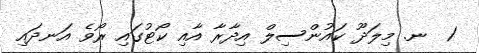
1  ނ. މިލަދޫ ކައުންސިލް އިދާރާ އާއި ކޯޓުގައި ރޯވެ އަނދައި